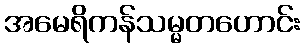
အမေရိကန်သမ္မတဟောင်း